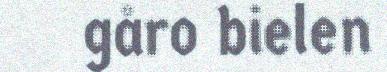
gåro bielen